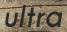
ultra